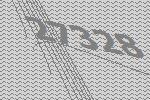
27328